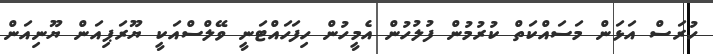
ހުރަސް އަޅަން މަސައްކަތް ކުރުމުން ފުލުހުން އެމީހުން ހިފަހައްޓަނީ ވޭލްސްއަކީ ޔޫރަޕިއަން ޔޫނިއަން